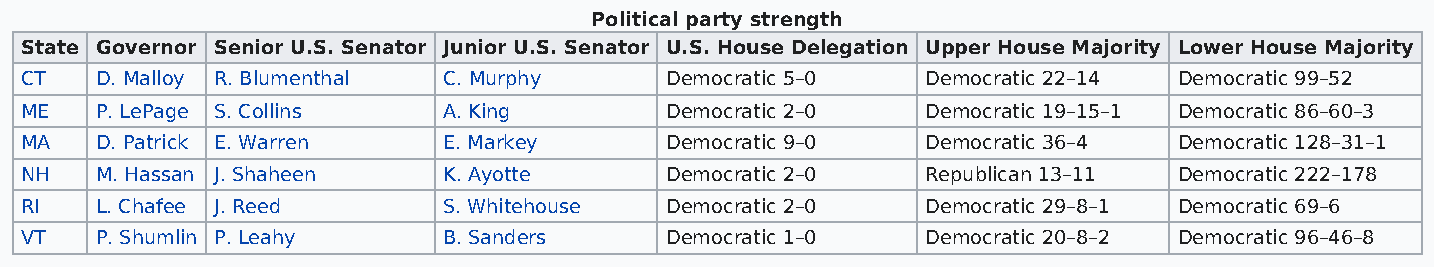
Political party strength
 State Governor Senior U.S. Senator Junior U.S. Senator U.S. House Delegation Upper House Majority Lower House Majority
 CT   D. Malloy R. Blumenthal C. Murphy     Democratic 5–0   Democratic 22–14 Democratic 99–52
 ME   P. LePage S. Collins   A. King        Democratic 2–0   Democratic 19–15–1 Democratic 86–60–3
 MA   D. Patrick E. Warren   E. Markey      Democratic 9–0   Democratic 36–4  Democratic 128–31–1
 NH   M. Hassan J. Shaheen   K. Ayotte      Democratic 2–0   Republican 13–11 Democratic 222–178
 RI   L. Chafee J. Reed      S. Whitehouse  Democratic 2–0   Democratic 29–8–1 Democratic 69–6
 VT   P. Shumlin P. Leahy    B. Sanders     Democratic 1–0   Democratic 20–8–2 Democratic 96–46–8